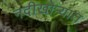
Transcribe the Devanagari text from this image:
नदीखोर्‍यात